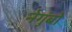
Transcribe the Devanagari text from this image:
नेगुंबो